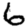
Digit: 6